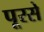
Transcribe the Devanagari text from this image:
पूरसे